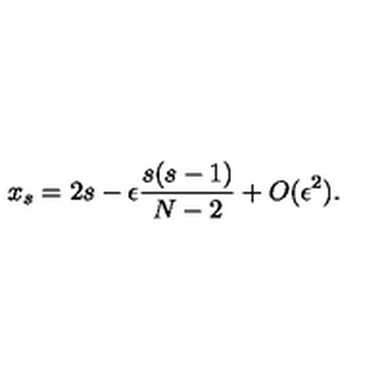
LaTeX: x _ { s } = 2 s - \epsilon \frac { s ( s - 1 ) } { N - 2 } + O ( \epsilon ^ { 2 } ) .